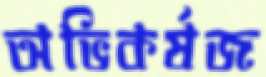
অভিকর্ষজ